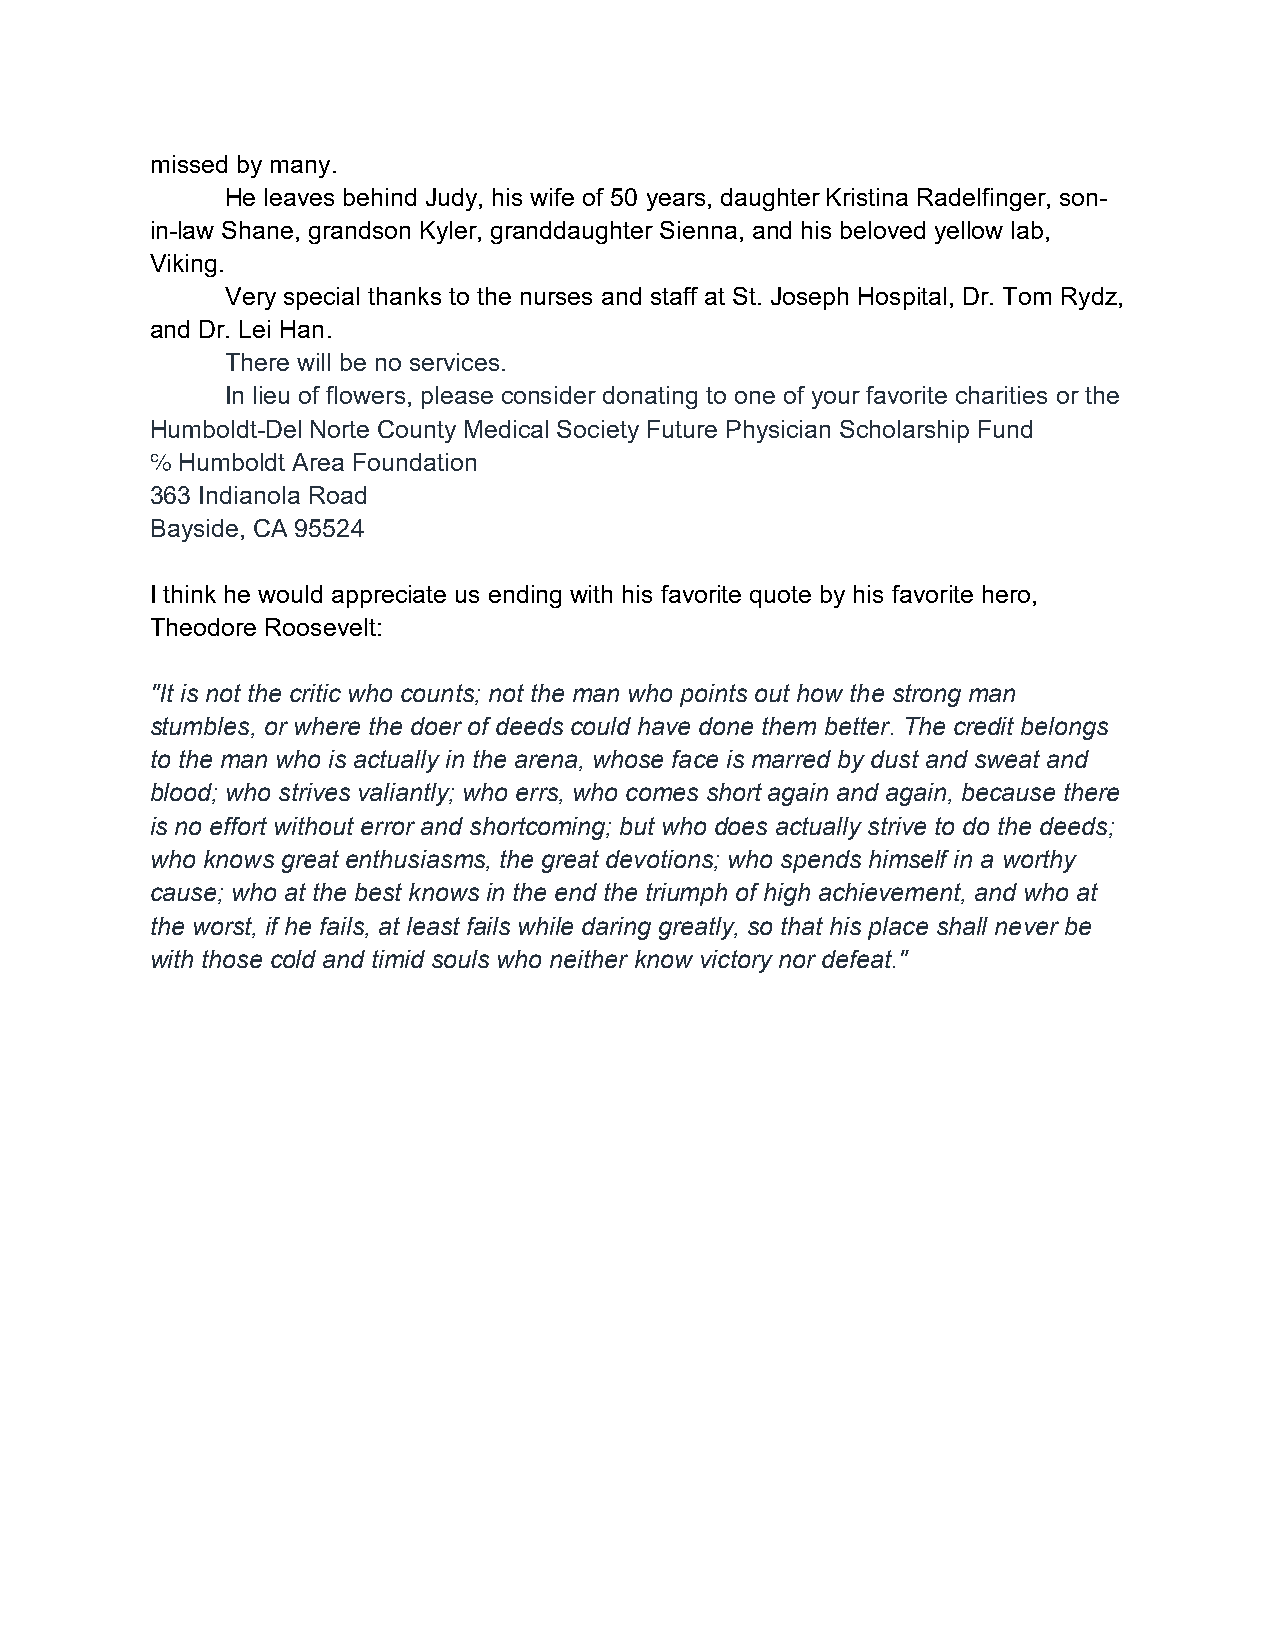
missed by many.
 He leaves behind Judy, his wife of 50 years, daughter Kristina Radelfinger, son-
 in-law Shane, grandson Kyler, granddaughter Sienna, and his beloved yellow lab,
 Viking.
 Very special thanks to the nurses and staff at St. Joseph Hospital, Dr. Tom Rydz,
 and Dr. Lei Han.
 There will be no services.
 In lieu of flowers, please consider donating to one of your favorite charities or the
 Humboldt-Del Norte County Medical Society Future Physician Scholarship Fund
 Humboldt Area Foundation
 363 Indianola Road
 Bayside, CA 95524
 I think he would appreciate us ending with his favorite quote by his favorite hero,
 Theodore Roosevelt:
 "It is not the critic who counts; not the man who points out how the strong man
 stumbles, or where the doer of deeds could have done them better. The credit belongs
 to the man who is actually in the arena, whose face is marred by dust and sweat and
 blood; who strives valiantly; who errs, who comes short again and again, because there
 is no effort without error and shortcoming; but who does actually strive to do the deeds;
 who knows great enthusiasms, the great devotions; who spends himself in a worthy
 cause; who at the best knows in the end the triumph of high achievement, and who at
 the worst, if he fails, at least fails while daring greatly, so that his place shall never be
 with those cold and timid souls who neither know victory nor defeat."